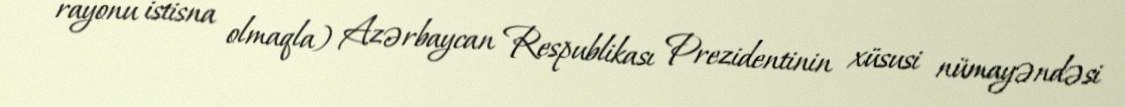
rayonu istisna olmaqla) Azərbaycan Respublikası Prezidentinin xüsusi nümayəndəsi